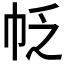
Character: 𰏖